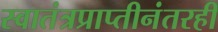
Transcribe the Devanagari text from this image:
स्वातंत्रप्राप्तीनंतरही